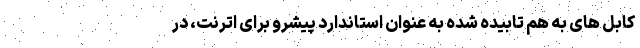
کابل های به هم تابیده شده به عنوان استاندارد پیشرو برای اترنت، در